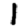
Digit: 1